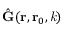
\hat { \mathbf { G } } ( \mathbf { r } , \mathbf { r } _ { 0 } , \mathit { k } )